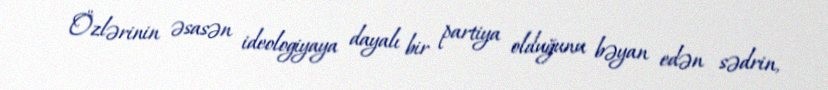
Özlərinin əsasən ideologiyaya dayalı bir partiya olduğunu bəyan edən sədrin,